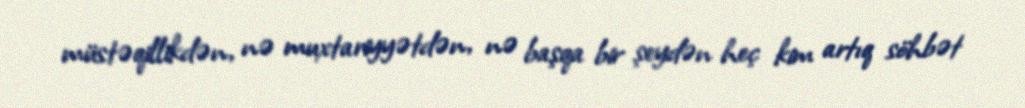
müstəqillikdən, nə muxtariyyətdən, nə başqa bir şeydən heç kim artıq söhbət